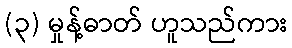
(၃) မှုန့်ဓာတ် ဟူသည်ကား